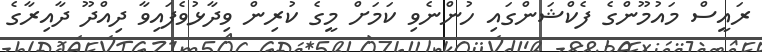
ރައީސް މައުމޫންގެ ފެކްޝަންގައި ހުންނެވި ކަމަށް މީގެ ކުރިން ވިދާޅުވެފައިވާ ދިއްދޫ ދާއިރާގެ